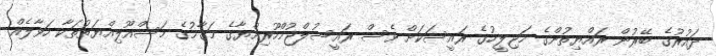
ދައުރުގެ ބޭރުން ރައްޔިތުންގެ މަޖިލީހުގެ ރައީސަކަށް ވެސް ރައީސުލްޖުމްހޫރިއްޔާގެ މަގާމުގެ މަސްއޫލިއްޔަތުތަކާ ހަވާލެއް